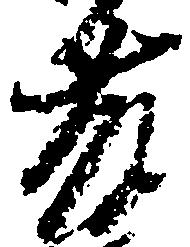
藤